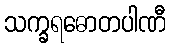
သက္ခရဓောတပါဏီ